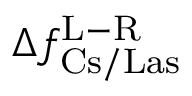
\Delta f _ { \mathrm { C s / L a s } } ^ { \mathrm { L - R } }